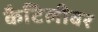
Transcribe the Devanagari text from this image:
कैटिलीवर